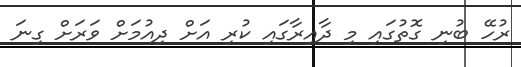
ރުހޭ ބުނި ގޮތުގައި މި ދާއިރާގައި ކުރި އަށް ދިއުމަށް ވަރަށް ގިނަ